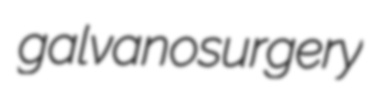
galvanosurgery